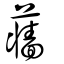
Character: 蘠